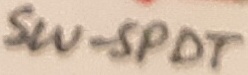
Text: SW-SPDT